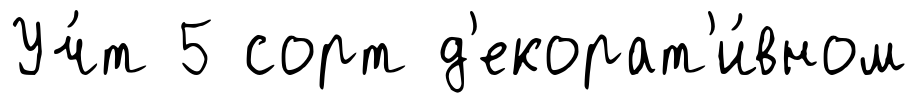
Уч́т 5 сорт д'екорат'и́вном